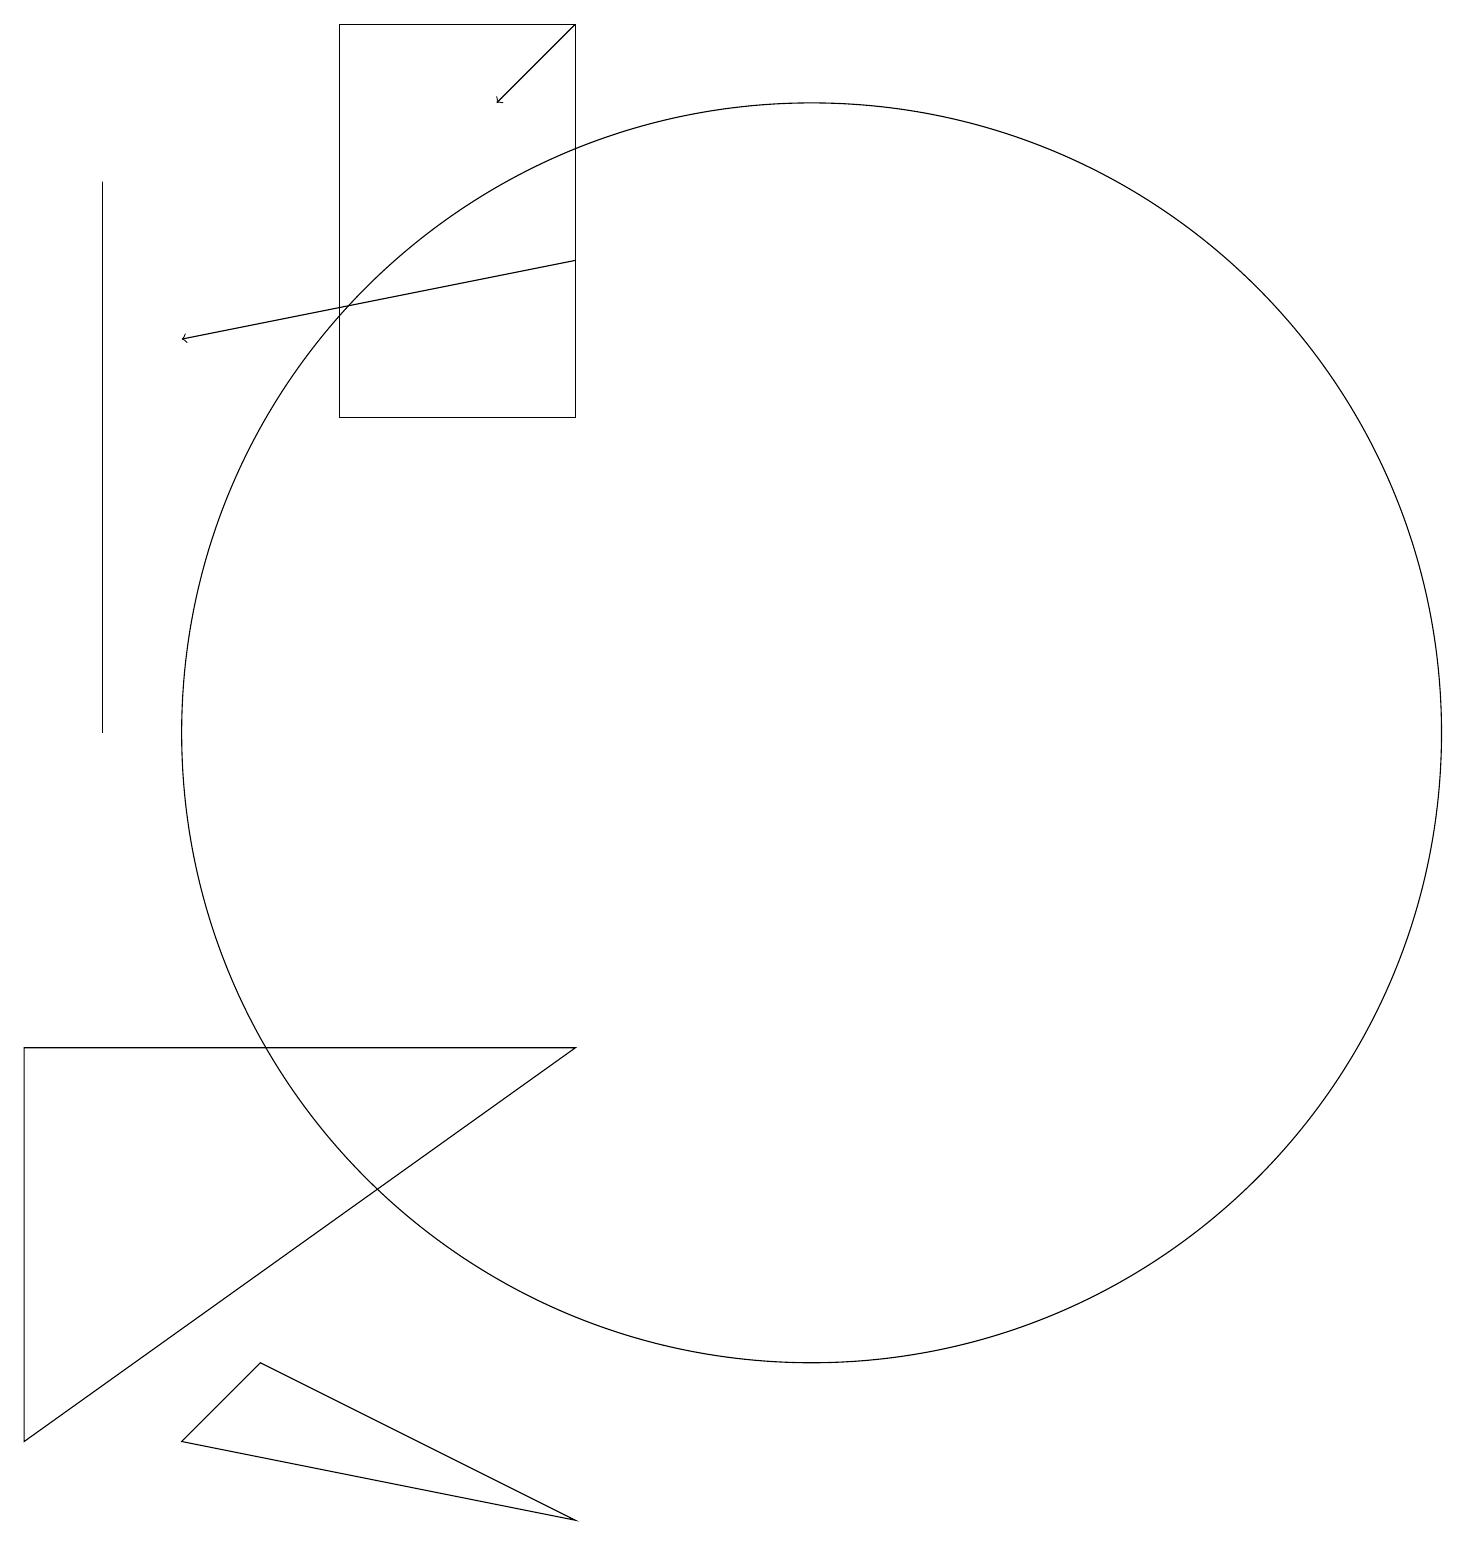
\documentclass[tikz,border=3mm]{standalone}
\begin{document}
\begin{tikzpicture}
\draw (2,17) rectangle (2,10);
\draw[->] (8,16) -- (3,15);
\draw (3,1) -- (4,2) -- (8,0) -- cycle;
\draw (5,19) rectangle (8,14);
\draw (11,10) circle (8);
\draw[->] (8,19) -- (7,18);
\draw (1,6) -- (8,6) -- (1,1) -- cycle;
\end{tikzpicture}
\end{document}